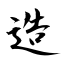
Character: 造